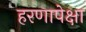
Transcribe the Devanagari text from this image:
हरणापेक्षा